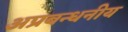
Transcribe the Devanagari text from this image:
अप्रबन्धनीय